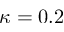
\kappa = 0 . 2